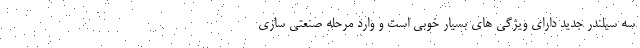
سه سیلندر جدید دارای ویژگی های بسیار خوبی است و وارد مرحله صنعتی سازی